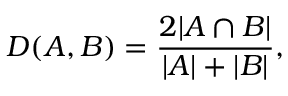
D ( A , B ) = \frac { 2 | A \cap B | } { | A | + | B | } ,